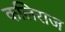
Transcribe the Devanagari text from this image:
कलिराज